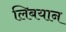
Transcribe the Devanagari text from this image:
लिबयान